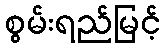
စွမ်းရည်မြင့်